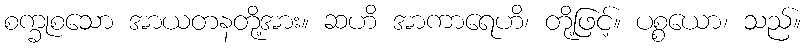
စက္ခုစသော အာယတနတို့အား။ ဆဟိ အာကာရေဟိ၊ တို့ဖြင့်။ ပစ္စယော၊ သည်။